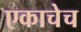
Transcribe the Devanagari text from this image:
एकाचेच